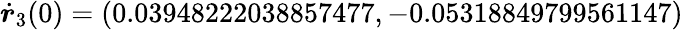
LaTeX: \dot{\boldsymbol{r}}_{3}(0)=(0.03948222038857477,-0.05318849799561147)